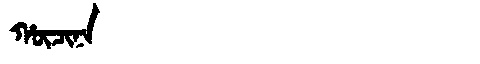
Manchu: ᡥᡡᠴᡳᠨᠠ
Romanization: HŪCINA